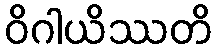
ဝိဂါယိဿတိ